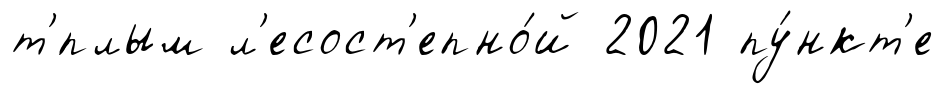
т'́плым л'есост'епно́й 2021 пу́нкт'е